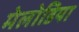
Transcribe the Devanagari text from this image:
मेलोडिया